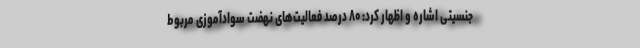
جنسیتی اشاره و اظهار کرد: ۸۰ درصد فعالیت‌های نهضت سوادآموزی مربوط